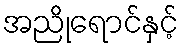
အညိုရောင်နှင့်